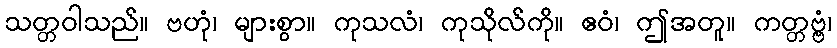
သတ္တဝါသည်။ ဗဟုံ၊ များစွာ။ ကုသလံ၊ ကုသိုလ်ကို။ ဧဝံ၊ ဤအတူ။ ကတ္တဗ္ဗံ၊